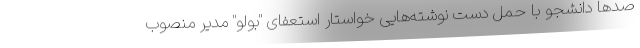
صدها دانشجو با حمل دست نوشته‌هایی خواستار استعفای "بولو" مدیر منصوب